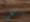
ياالهى